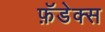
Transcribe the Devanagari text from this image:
फ़ॅडेक्स